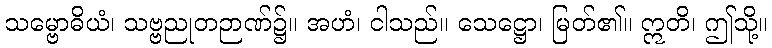
သမ္ဗောဓိယံ၊ သဗ္ဗညုတဉာဏ်၌။ အဟံ၊ ငါသည်။ သေဋ္ဌော၊ မြတ်၏။ ဣတိ၊ ဤသို့။